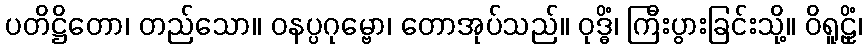
ပတိဋ္ဌိတော၊ တည်သော။ ဝနပ္ပဂုမ္ဗော၊ တောအုပ်သည်။ ဝုဒ္ဓိံ၊ ကြီးပွားခြင်းသို့။ ဝိရူဠှိံ၊